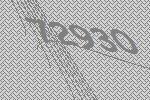
72930